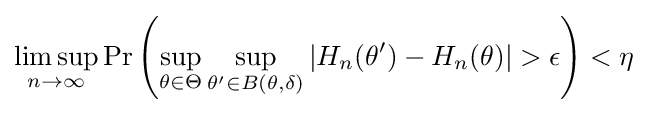
\limsup _{n\rightarrow \infty }\Pr \left(\sup _{\theta \in \Theta }\sup _{\theta '\in B(\theta ,\delta )}|H_{n}(\theta ')-H_{n}(\theta )|>\epsilon \right)<\eta